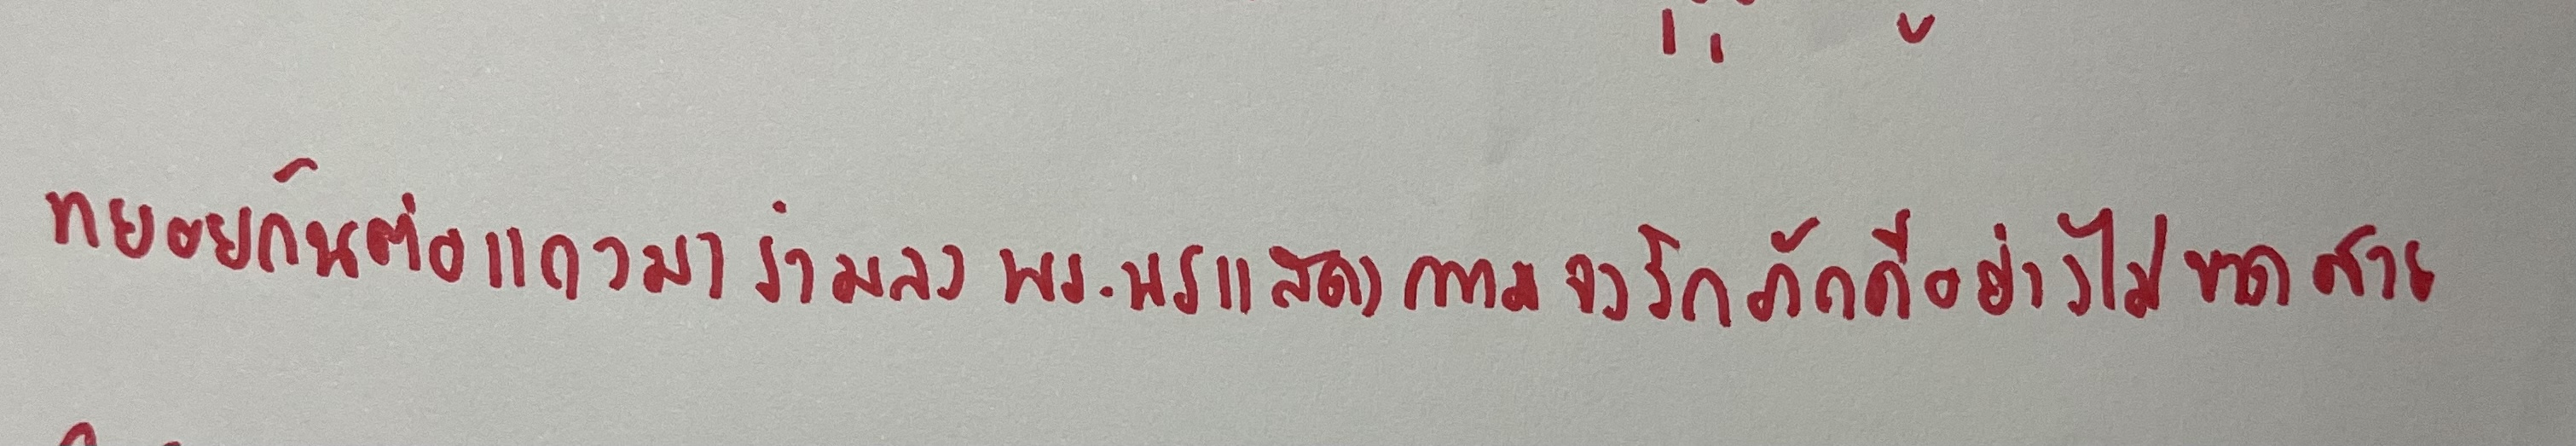
ทยอยกันต่อแถวมาร่วมลงถวายพระพรแสดงความจงรักภักดีอย่างไม่ขาดสาย